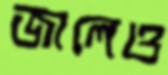
জালেও